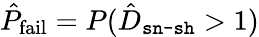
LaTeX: \hat{P}_{\mathrm{fail}}=P(\hat{D}_{\texttt{sn-sh}}>1)